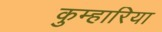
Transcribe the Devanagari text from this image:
कुम्हारिया